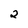
Character: 2